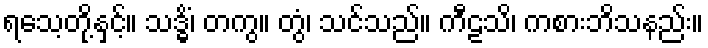
ရသေ့တို့နှင့်။ သဒ္ဓိံ၊ တကွ။ တွံ၊ သင်သည်။ ကီဠသိ၊ ကစားဘိသနည်း။